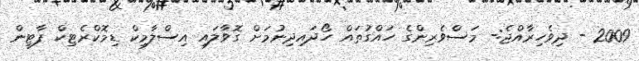
2009 - ދިވެހިރާއްޖެ:- މަސްވެރިންގެ ހައްގުތައް ހޯދައިދިނުމަށް ގޮވާލައި އިސްލާމިކް ޑިމޮކްރެޓިކް ޕާޓީން